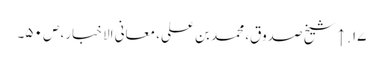
۱۷. ↑ شیخ صدوق، محمد بن علی، معانی الاخبار، ص ۵۰۔